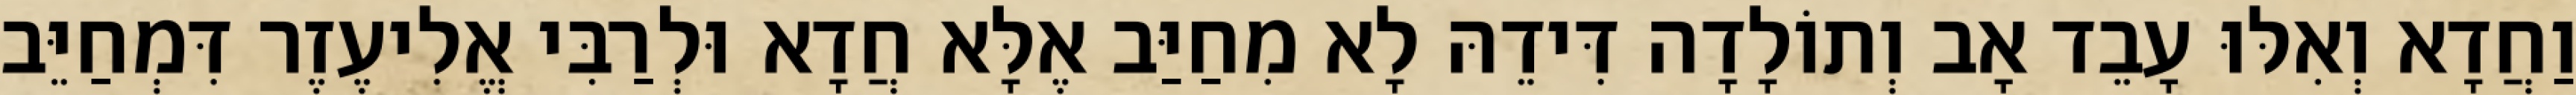
וַחֲדָא וְאִלּוּ עָבֵד אָב וְתוֹלָדָה דִּידֵהּ לָא מִחַיַּב אֶלָּא חֲדָא וּלְרַבִּי אֱלִיעֶזֶר דִּמְחַיֵּב